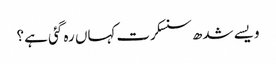
ویسے شدھ سنسکرت کہاں رہ گئی ہے ؟